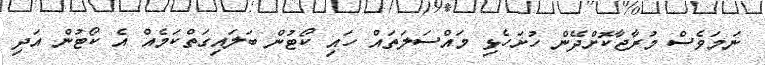
ނަމަވެސް މުރާޖާކޮށްދޭން ހުށަހެޅި މައްސަލަތައް ހައި ކޯޓުން ބަލައިގަތްކަމެއް އެ ކޯޓުން އަދި